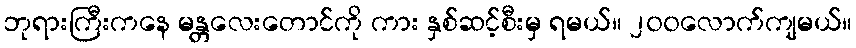
ဘုရားကြီးကနေ မန္တလေးတောင်ကို ကား နှစ်ဆင့်စီးမှ ရမယ်။ ၂၀၀လောက်ကျမယ်။